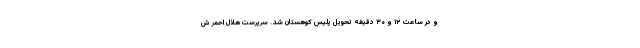
و در ساعت ۱۲ و ۳۰ دقیقه تحویل پلیس کوهستان شد. سرپرست هلال احمر ش